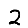
Digit: 2